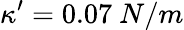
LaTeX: \kappa^{\prime}=0.07\ N/m